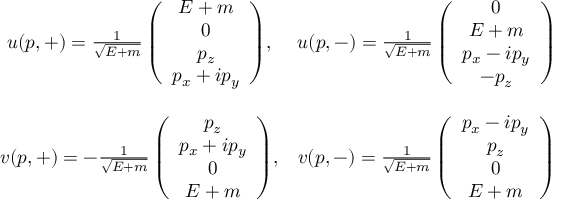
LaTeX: \begin{array} { c c } { { u ( p , + ) = { \frac { 1 } { \sqrt { E + m } } \left( \begin{array} { c } { { E + m } } \\ { { 0 } } \\ { { p _ { z } } } \\ { { p _ { x } + i p _ { y } } } \end{array} \right) } , } } & { { u ( p , - ) = { \frac { 1 } { \sqrt { E + m } } \left( \begin{array} { c } { { 0 } } \\ { { E + m } } \\ { { p _ { x } - i p _ { y } } } \\ { { - p _ { z } } } \end{array} \right) } } } \\ { { } } & { { } } \\ { { v ( p , + ) = { - \frac { 1 } { \sqrt { E + m } } \left( \begin{array} { c } { { p _ { z } } } \\ { { p _ { x } + i p _ { y } } } \\ { { 0 } } \\ { { E + m } } \end{array} \right) } , } } & { { v ( p , - ) = { \frac { 1 } { \sqrt { E + m } } \left( \begin{array} { c } { { p _ { x } - i p _ { y } } } \\ { { p _ { z } } } \\ { { 0 } } \\ { { E + m } } \end{array} \right) } } } \end{array}